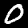
Label: 0